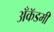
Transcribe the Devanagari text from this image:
अँकॅडमी